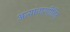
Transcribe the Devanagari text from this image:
अत्याचारपीडित